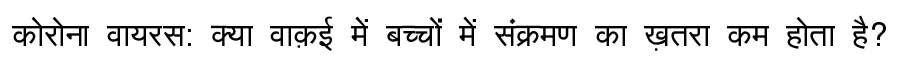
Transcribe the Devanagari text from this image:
कोरोना वायरस: क्या वाक़ई में बच्चों में संक्रमण का ख़तरा कम होता है?